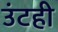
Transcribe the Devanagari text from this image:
उंटही